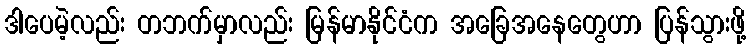
ဒါပေမဲ့လည်း တဘက်မှာလည်း မြန်မာနိုင်ငံက အခြေအနေတွေဟာ ပြန်သွားဖို့